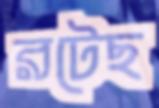
রটেছ